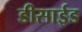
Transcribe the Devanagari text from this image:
डीसाईड